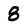
Character: 8